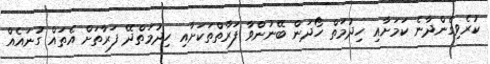
ކުރެވިގެންދާނެ ކަމަށާއި ހިދުމަތް ހޯދަން ބޭނުންވާ ފަރާތްތަކަށާއި ހިދުމަތްދޭ ފަރާތަށް އެތައް ގުނައެއް